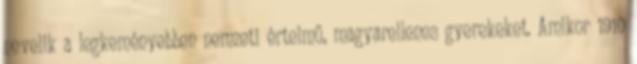
nevelik a legkeményebben nemzeti értelmű, magyarellenes gyerekeket. Amikor 1910